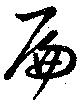
扁